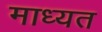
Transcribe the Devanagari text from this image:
माध्यत